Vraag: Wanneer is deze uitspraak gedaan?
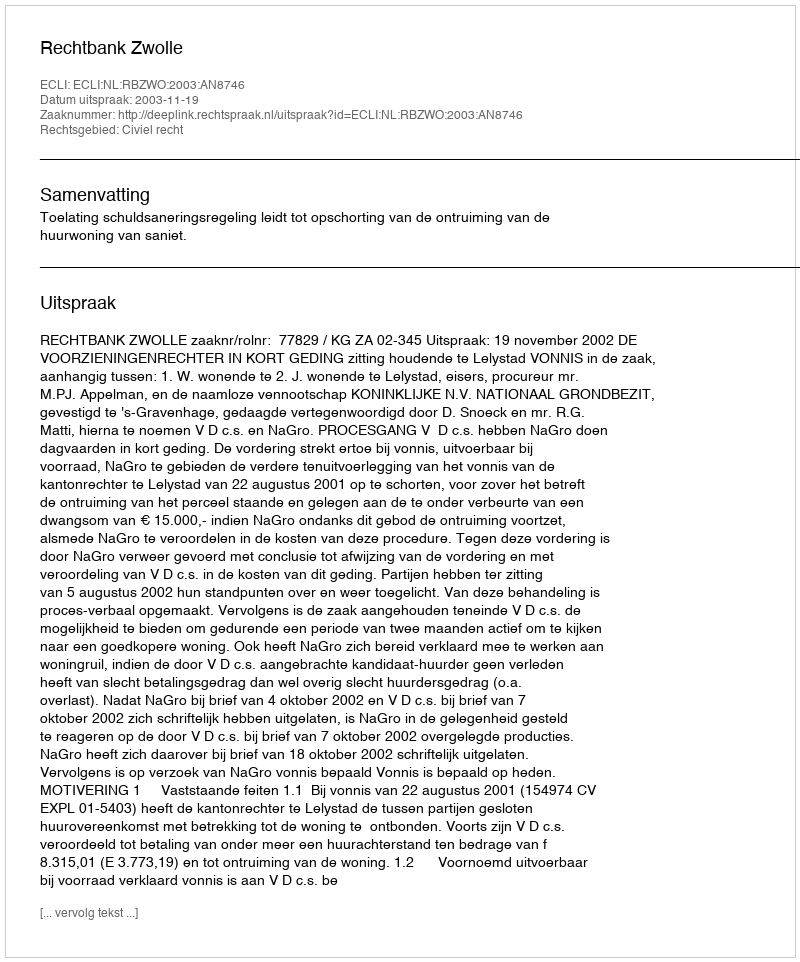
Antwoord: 2003-11-19